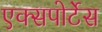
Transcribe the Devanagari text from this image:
एक्सपोर्टेस